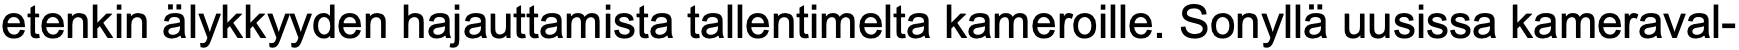
etenkin älykkyyden hajauttamista tallentimelta kameroille. Sonyllä uusissa kameraval-